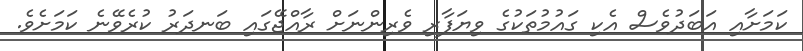
ކަމަށާއި އަބަދުވެސް އެކި ގައުމުތަކުގެ ވިޔަފާރި ވެރިންނަށް ރާއްޖޭގައި ބަނދަރު ކުރެވޭނެ ކަމަށެވެ.